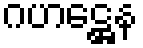
ဂဟဋ္ဌေန